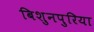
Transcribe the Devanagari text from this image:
बिशुनपुरिया